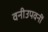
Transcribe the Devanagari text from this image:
वनीउपवनीं